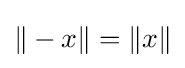
\|-x\|=\|x\|